Problem: 8 × 9 = ?
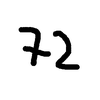
Handwritten answer: 72